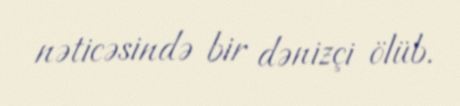
nəticəsində bir dənizçi ölüb.